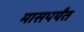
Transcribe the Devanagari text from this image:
मासपर्यंत